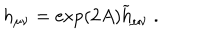
h _ { \mu \nu } = \exp ( 2 A ) { \widetilde h } _ { \mu \nu } ~ .